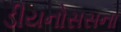
ડીયનોસસના